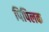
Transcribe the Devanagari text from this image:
पिपिलक